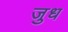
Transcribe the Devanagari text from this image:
जुध